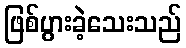
ဖြစ်ပွားခဲ့သေးသည်